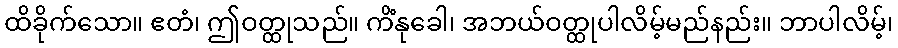
ထိခိုက်သော။ ဧတံ၊ ဤဝတ္ထုသည်။ ကိံနုခေါ၊ အဘယ်ဝတ္ထုပါလိမ့်မည်နည်း။ ဘာပါလိမ့်၊